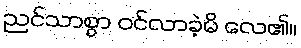
ညင်သာစွာ ဝင်လာခဲ့မိ လေ၏။